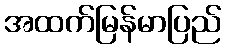
အထက်မြန်မာပြည်